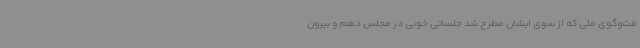
فت‌وگوی ملی که از سوی ایشان مطرح شد جلساتی خوبی در مجلس دهم و بیرون